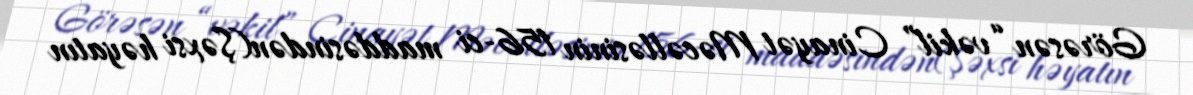
Görəsən “vəkil” Cinayət Məcəlləsinin 156-ci maddəsindən(Şəxsi həyatın